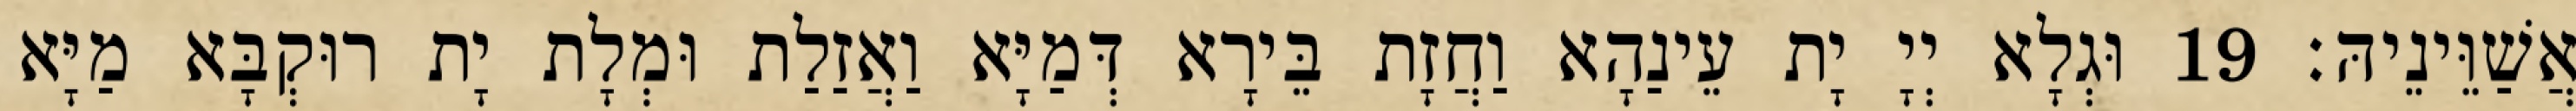
אֲשַׁוֵּינֵיהּ׃ 19 וּגְלָא יְיָ יָת עֵינַהָא וַחֲזָת בֵּירָא דְּמַיָּא וַאֲזַלַת וּמְלָת יָת רוּקְבָּא מַיָּא